Annual administration and progress report of the Indian Medical Department, Bombay
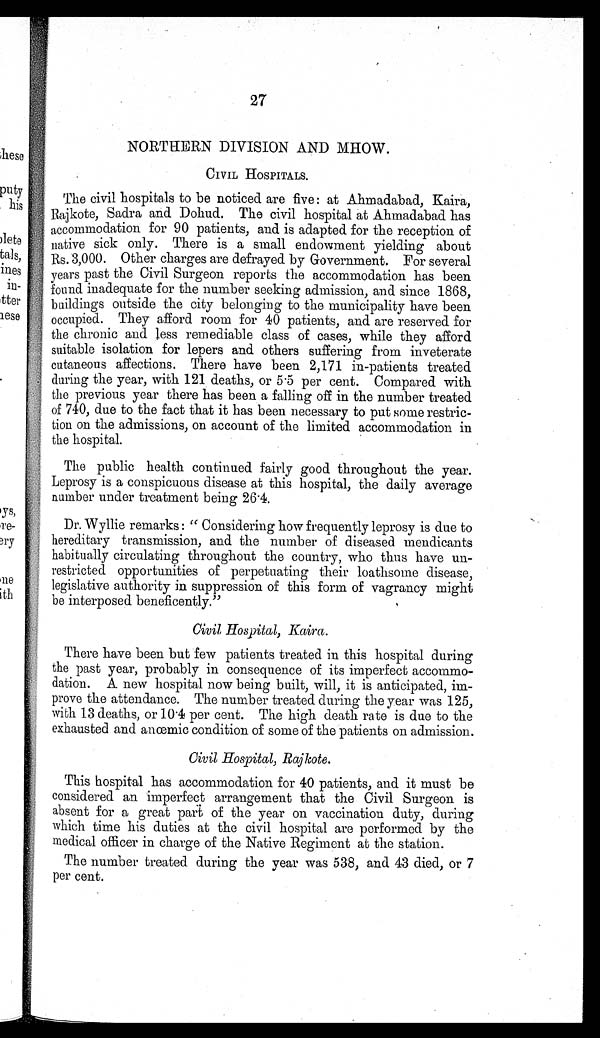
27
NORTHERN DIVISION AND MHOW.
CIVIL HOSPITALS.
The civil hospitals to be noticed are five: at Ahmadabad, Kaira,
Rajkote, Sadra and Dohud. The civil hospital at Ahmadabad has
accommodation for 90 patients, and is adapted for the reception of
native sick only. There is a small endowment yielding about
Rs. 3,000. Other charges are defrayed by Government. For several
years past the Civil Surgeon reports the accommodation has been
found inadequate for the number seeking admission, and since 1868,
buildings outside the city belonging to the municipality have been
occupied. They afford room for 40 patients, and are reserved for
the chronic and less remediable class of cases, while they afford
suitable isolation for lepers and others suffering from inveterate
cutaneous affections. There have been 2,171 in-patients treated
during the year, with 121 deaths, or 5.5 per cent. Compared with
the previous year there has been a falling off in the number treated
of 740, due to the fact that it has been necessary to put some restric-
tion on the admissions, on account of the limited accommodation in
the hospital.
The public health continued fairly good throughout the year.
Leprosy is a conspicuous disease at this hospital, the daily average
number under treatment being 26.4.
Dr. Wyllie remarks : " Considering how frequently leprosy is due to
hereditary transmission, and the number of diseased mendicants
habitually circulating throughout the country, who thus have un-
restricted opportunities of perpetuating their loathsome disease,
legislative authority in suppression of this form of vagrancy might
be interposed beneficently."
Civil Hospital, Kaira.
There have been but few patients treated in this hospital during
the past year, probably in consequence of its imperfect accommo-
dation. A new hospital now being built, will, it is anticipated, im-
prove the attendance. The number treated during the year was 125,
with 13 deaths, or 10.4 per cent. The high death rate is due to the
exhausted and anœmic condition of some of the patients on admission.
Civil Hospital, Rajkote.
This hospital has accommodation for 40 patients, and it must be
considered an imperfect arrangement that the Civil Surgeon is
absent for a great part of the year on vaccination duty, during
which time his duties at the civil hospital are performed by the
medical officer in charge of the Native Regiment at the station.
The number treated during the year was 538, and 43 died, or 7
per cent.